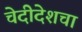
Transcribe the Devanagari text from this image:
चेदीदेशचा